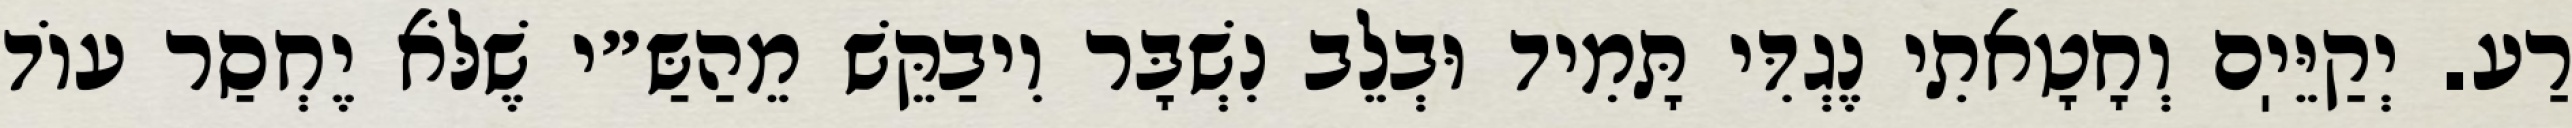
רַע. יְקַיֵּיֽם וְחָטָאתִי נֶגְדִּי תָּמִיד וּבְלֵב נִשְׁבָּר וִיבַקֵּשׁ מֵהַשַּ״י שֶׁלֹּא יֶחְסַר עוֹד